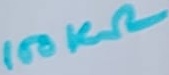
Text: 100KΩ